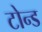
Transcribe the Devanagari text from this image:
टोन्ड